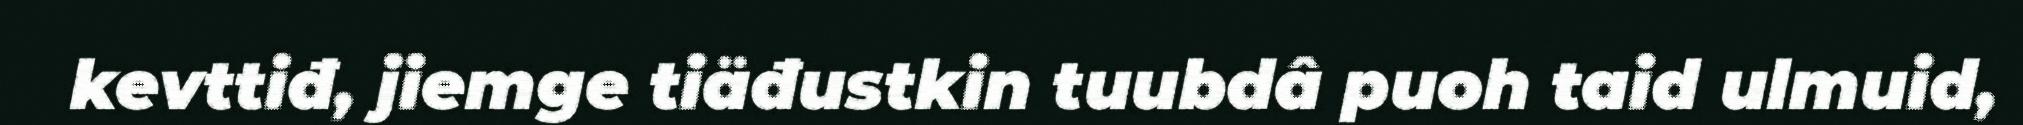
kevttiđ, jiemge tiäđustkin tuubdâ puoh taid ulmuid,